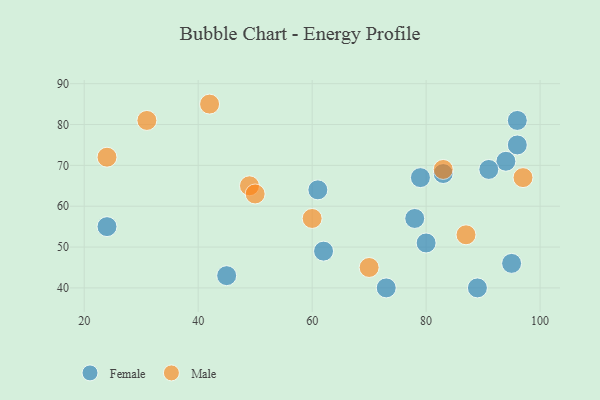
{"axis": {"x": "GDP", "y": "Life Expectancy"}, "legend": ["Female", "Male"], "data": [{"x": "79", "y": 67, "type": "Female"}, {"x": "95", "y": 46, "type": "Female"}, {"x": "78", "y": 57, "type": "Female"}, {"x": "80", "y": 51, "type": "Female"}, {"x": "45", "y": 43, "type": "Female"}, {"x": "62", "y": 49, "type": "Female"}, {"x": "94", "y": 71, "type": "Female"}, {"x": "96", "y": 81, "type": "Female"}, {"x": "73", "y": 40, "type": "Female"}, {"x": "96", "y": 75, "type": "Female"}, {"x": "24", "y": 55, "type": "Female"}, {"x": "61", "y": 64, "type": "Female"}, {"x": "91", "y": 69, "type": "Female"}, {"x": "83", "y": 68, "type": "Female"}, {"x": "89", "y": 40, "type": "Female"}, {"x": "42", "y": 85, "type": "Male"}, {"x": "24", "y": 72, "type": "Male"}, {"x": "49", "y": 65, "type": "Male"}, {"x": "31", "y": 81, "type": "Male"}, {"x": "50", "y": 63, "type": "Male"}, {"x": "97", "y": 67, "type": "Male"}, {"x": "83", "y": 69, "type": "Male"}, {"x": "70", "y": 45, "type": "Male"}, {"x": "60", "y": 57, "type": "Male"}, {"x": "87", "y": 53, "type": "Male"}]}